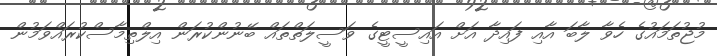
މުޖުތަމައުގެ ހެވާ ލާބަ އާއި ފައިދާ އަށް އައިސީޓީގެ ވަސީލަތްތައް ބޭނުންކުރަން އިލްތިމާސްކުރައްވަމުން